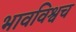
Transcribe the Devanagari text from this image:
भावविश्वच